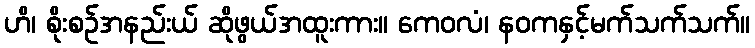
ဟိ၊ စိုးစဉ်အနည်းယ် ဆိုဖွယ်အထူးကား။ ကေဝလံ၊ နဝကနှင့်မက်သက်သက်။